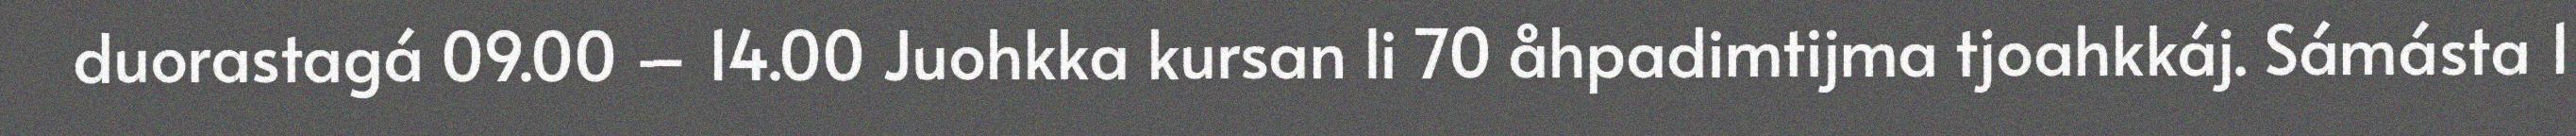
duorastagá 09.00 – 14.00 Juohkka kursan li 70 åhpadimtijma tjoahkkáj. Sámásta 1